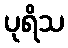
ပုရိသ